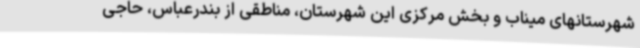
شهرستانهای میناب و بخش مرکزی این شهرستان، مناطقی از بندرعباس، حاجی